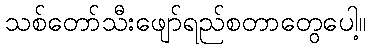
သစ်တော်သီးဖျော်ရည်စတာတွေပေါ့။